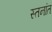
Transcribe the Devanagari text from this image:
स्तनांत